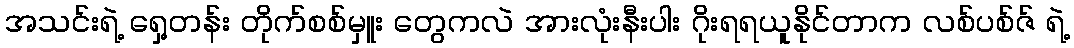
အသင်းရဲ့ ရှေ့တန်း တိုက်စစ်မှူး တွေကလဲ အားလုံးနီးပါး ဂိုးရရယူနိုင်တာက လစ်ပစ်ဇ် ရဲ့